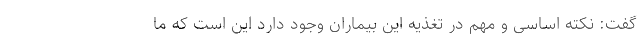
گفت: نکته اساسی و مهم در تغذیه این بیماران وجود دارد این است که ما